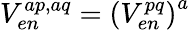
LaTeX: V_{en}^{ap,aq}=\left(V_{en}^{pq}\right)^{a}